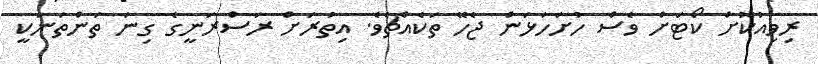
ރިވިއުކޮށް ކޯޓަށް ވެސް ހުށަހަޅަން ޖެހޭ ތަކެއްޗެވެ. އިތުރަށް ރަސްރަނީގެ ގިނަ ތަންތަނަކީ